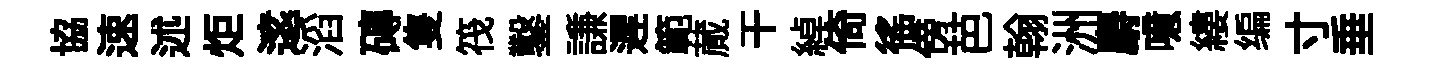
協速述炬逺滔磚隻筏鑿謙遲範蕆干綽倚徭傍芭翰洲麝噫縷编寸垂